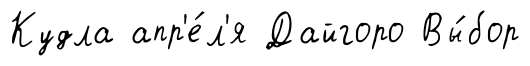
Кудла апр'е́л'я Дайгоро Вы́бор